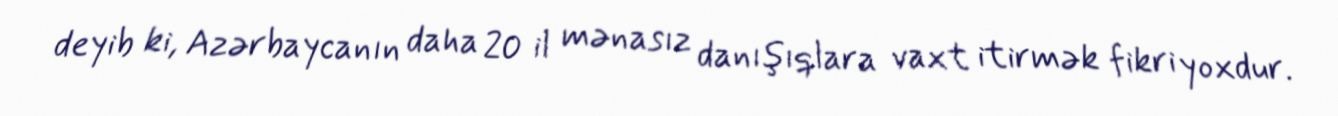
deyib ki, Azərbaycanın daha 20 il mənasız danışıqlara vaxt itirmək fikri yoxdur.